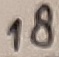
Text: 18